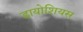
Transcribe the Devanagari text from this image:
डायोशियस